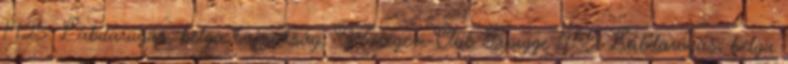
14.25: Labdarúgás, belga bajnokság, Waregem-Club Brugge 17.55: Labdarúgás, belga